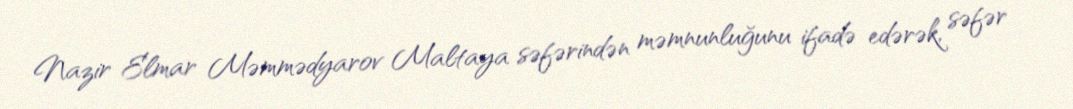
Nazir Elmar Məmmədyarov Maltaya səfərindən məmnunluğunu ifadə edərək, səfər